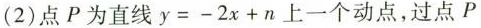
(2)点P为直线$$y = - 2 x + n$$上一个动点，过点P